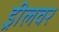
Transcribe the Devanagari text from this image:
ड्रीलवर